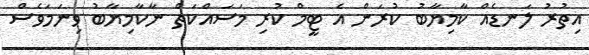
އިތުރު ލަނޑެއް ކާމިޔާބު ކުރަން އެ ޓީމް ކުރި މަސައްކަތް ނާކާމިޔާބު ވިނަމަވެސް